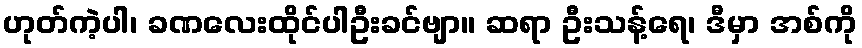
ဟုတ်ကဲ့ပါ၊ ခဏလေးထိုင်ပါဦးခင်ဗျာ။ ဆရာ ဦးသန့်ရေ၊ ဒီမှာ အစ်ကို